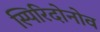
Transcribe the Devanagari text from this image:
स्पिरिदोनोव